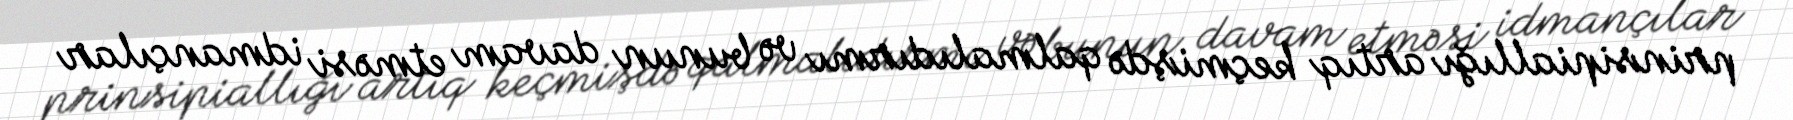
prinsipiallığı artıq keçmişdə qalmalıdırmı və bunun davam etməsi idmançılar